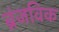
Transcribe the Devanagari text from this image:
ब्रंजविक